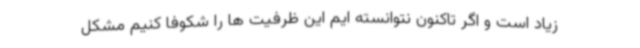
زیاد است و اگر تاکنون نتوانسته ایم این ظرفیت ها را شکوفا کنیم مشکل